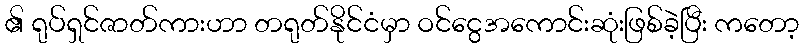
၏ ရုပ်ရှင်ဇာတ်ကားဟာ တရုတ်နိုင်ငံမှာ ဝင်ငွေအကောင်းဆုံးဖြစ်ခဲ့ပြီး ကတော့